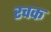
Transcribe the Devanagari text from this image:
रचक